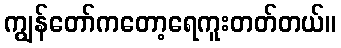
ကျွန်တော်ကတော့ရေကူးတတ်တယ်။